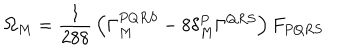
LaTeX: \Omega _ { M } = { \frac { 1 } { 2 8 8 } } \left( \Gamma _ { M } ^ { P Q R S } - 8 \delta _ { M } ^ { P } \Gamma ^ { Q R S } \right) F _ { P Q R S }